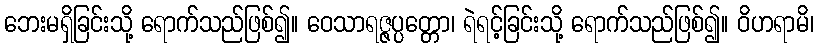
ဘေးမရှိခြင်းသို့ ရောက်သည်ဖြစ်၍။ ဝေသာရဇ္ဇပ္ပတ္တော၊ ရဲရင့်ခြင်းသို့ ရောက်သည်ဖြစ်၍။ ဝိဟရာမိ၊